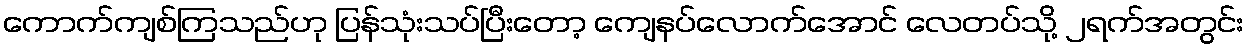
ကောက်ကျစ်ကြသည်ဟု ပြန်သုံးသပ်ပြီးတော့ ကျေနပ်လောက်အောင် လေတပ်သို့ ၂ရက်အတွင်း